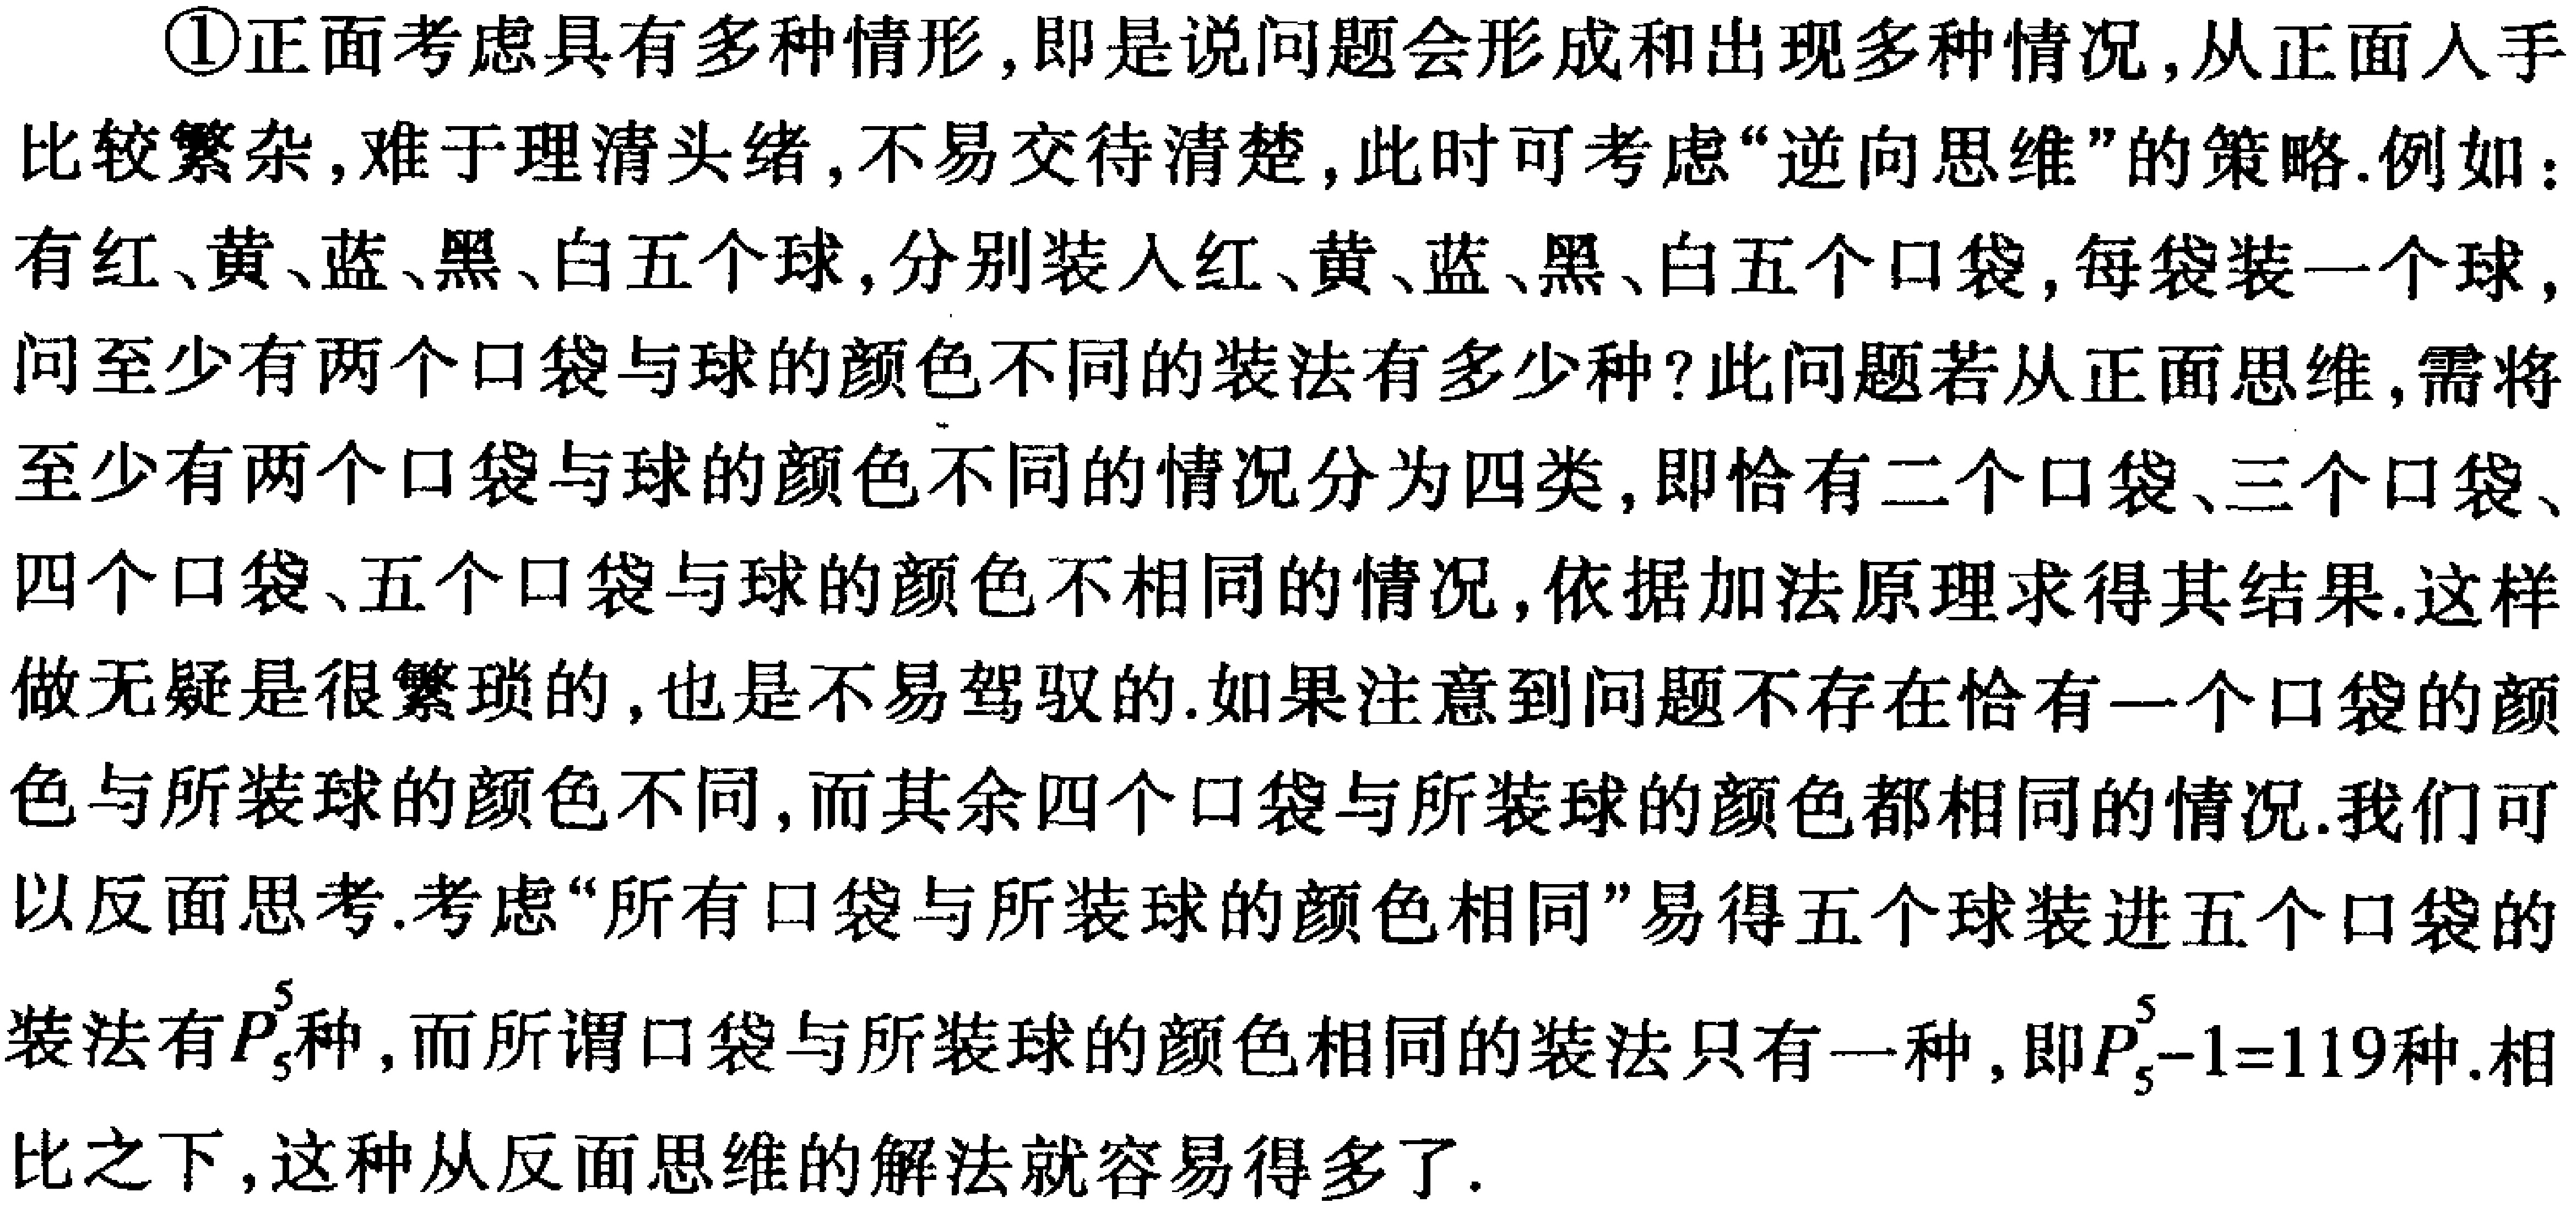
\textcircled{1}正面考虑具有多种情形,即是说问题会形成和出现多种情况,从正面人手比较繁杂,难于理清头绪,不易交待清楚,此时可考虑“逆向思维”的策略.例如：有红、黄、蓝、黑、白五个球,分别装入红、黄、蓝、黑、白五个口袋,每袋装一个球,问至少有两个口袋与球的颜色不同的装法有多少种?此问题若从正面思维,需将至少有两个口袋与球的颜色不同的情况分为四类,即恰有二个口袋、三个口袋、四个口袋、五个口袋与球的颜色不相同的情况,依据加法原理求得其结果.这样做无疑是很繁琐的,也是不易驾驭的.如果注意到问题不存在恰有一个口袋的颜色与所装球的颜色不同,而其余四个口袋与所装球的颜色都相同的情况.我们可以反面思考.考虑“所有口袋与所装球的颜色相同”易得五个球装进五个口袋的装法有\(P_{5}^{5}\)种,而所谓口袋与所装球的颜色相同的装法只有一种,即\(P_{5}^{5}-1 = 119\)种.相比之下,这种从反面思维的解法就容易得多了.